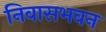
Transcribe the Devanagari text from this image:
निवासभवन